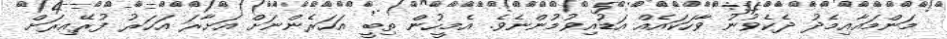
މަންމައާއިމެދު ދެކެވުނު ވާހަކައެއް އަޑުއިވުމުންނެވެ. އެމީހުން ތިބީ އަހަރެންނަށް އަށާރަ އަހަރު ފުރޭއިރަށް